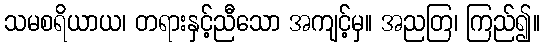
သမစရိယာယ၊ တရားနှင့်ညီသော အကျင့်မှ။ အညတြ၊ ကြည်၍။